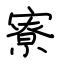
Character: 寮